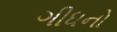
ગીધનો